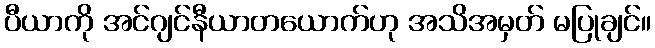
ပီယာကို အင်ဂျင်နီယာတယောက်ဟု အသိအမှတ် မပြုချင်။